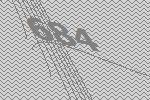
684